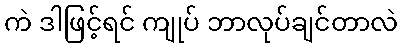
ကဲ ဒါဖြင့်ရင် ကျုပ် ဘာလုပ်ချင်တာလဲ